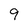
Character: 9